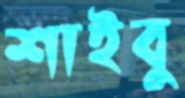
শাইবু